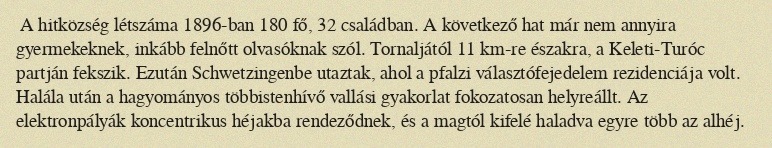
A hitközség létszáma 1896-ban 180 fő, 32 családban. A következő hat már nem annyira gyermekeknek, inkább felnőtt olvasóknak szól. Tornaljától 11 km-re északra, a Keleti-Turóc partján fekszik. Ezután Schwetzingenbe utaztak, ahol a pfalzi választófejedelem rezidenciája volt. Halála után a hagyományos többistenhívő vallási gyakorlat fokozatosan helyreállt. Az elektronpályák koncentrikus héjakba rendeződnek, és a magtól kifelé haladva egyre több az alhéj.